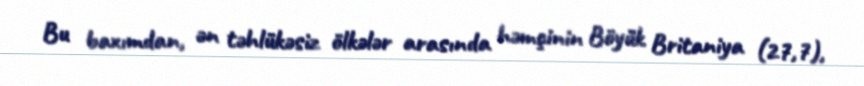
Bu baxımdan, ən təhlükəsiz ölkələr arasında həmçinin Böyük Britaniya (27,7),